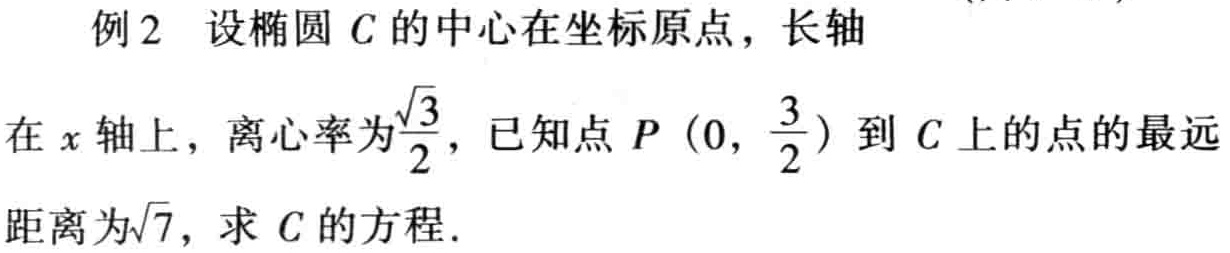
例2 设椭圆\(C\)的中心在坐标原点，长轴
在\(x\)轴上，离心率为\(\frac{\sqrt{3}}{2}\)，已知点\(P\left(0,\frac{3}{2}\right)\)到\(C\)上的点的最远
距离为\(\sqrt{7}\)，求\(C\)的方程.